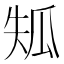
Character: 𤫴